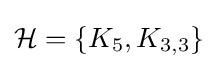
{\mathcal {H}}=\{K_{5},K_{3,3}\}